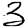
Digit: 3